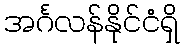
အင်္ဂလန်နိုင်ငံရှိ